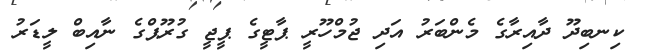
ކިނބިދޫ ދާއިރާގެ މެންބަރު އަދި ޖުމްހޫރީ ޕާޓީގެ ޕީޖީ ގުރޫޕްގެ ނާއިބް ލީޑަރު